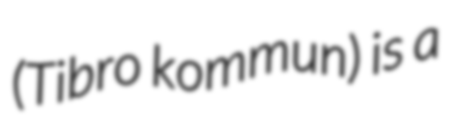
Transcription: (Tibro kommun) is a